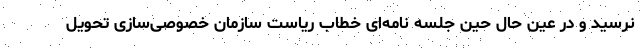
نرسید و در عین حال حین جلسه نامه‌ای خطاب ریاست سازمان خصوصی‌سازی تحویل